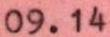
09.14